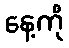
နေ့ကို